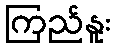
ကြည်နူး